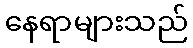
နေရာများသည်